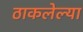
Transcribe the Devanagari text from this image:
ठाकलेल्या